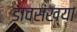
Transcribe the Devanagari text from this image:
डावसंख्या